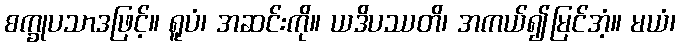
စက္ခုပသာဒဖြင့်။ ရူပံ၊ အဆင်းကို။ ယဒိပဿတိ၊ အကယ်၍မြင်အံ့။ မယံ၊